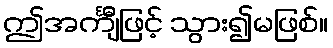
ဤအင်္ကျီဖြင့် သွား၍မဖြစ်။